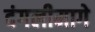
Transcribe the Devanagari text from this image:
दंगलीमागे